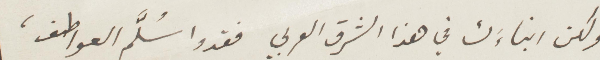
ولكن ابناءَك في هذا الشرق العربي فقدوا سلَّم العواطف،